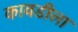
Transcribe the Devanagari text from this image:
कावडीला